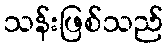
သန်းဖြစ်သည်